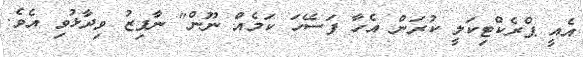
އެއީ ޕްރެކްޓިކަލީ ކުރަން އެހާ ފަސޭހަ ކަމެއް ނޫން" ނާފިޒު ވިދާޅުވި އެވެ.